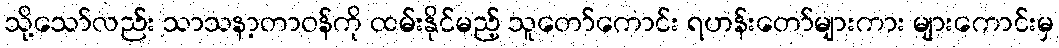
သို့သော်လည်း သာသနာ့တာဝန်ကို ထမ်းနိုင်မည့် သူတော်ကောင်း ရဟန်းတော်များကား များကောင်းမှ